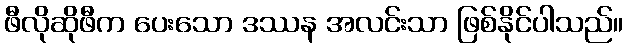
ဖီလိုဆိုဖီက ပေးသော ဒဿန အလင်းသာ ဖြစ်နိုင်ပါသည်။